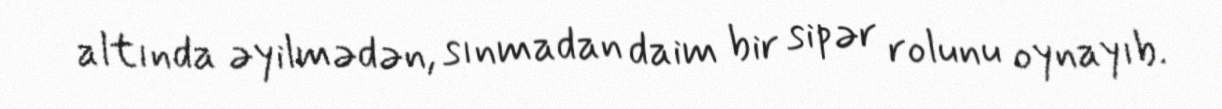
altında əyilmədən, sınmadan daim bir sipər rolunu oynayıb.